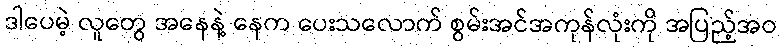
ဒါပေမဲ့ လူတွေ အနေနဲ့ နေက ပေးသလောက် စွမ်းအင်အကုန်လုံးကို အပြည့်အဝ